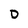
Character: D